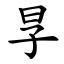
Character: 㫗